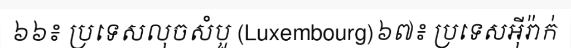
៦៦៖ ប្រទេសលុចសំបួ (Luxembourg)៦៧៖ ប្រទេសអ៊ីរ៉ាក់